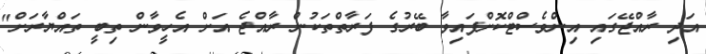
އަދި ރާއްޖޭގައި އިންވެސްޓްކޮށްފައިވާ ބޭރުގެ ފަރާތްތަކުން ރާއްޖެ އަށް އެހީވާން ތިބީ ތައްޔާރަށް"